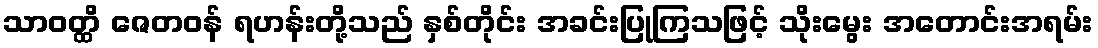
သာဝတ္ထိ ဇေတဝန် ရဟန်းတို့သည် နှစ်တိုင်း အခင်းပြုကြသဖြင့် သိုးမွေး အတောင်းအရမ်း